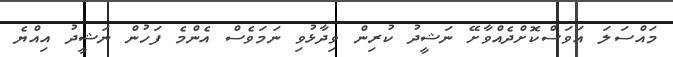
މައްސަލަ އަވަސްކޮށްދެއްވާށޭ ނަޝީދު ކުރިން ވިދާޅުވި ނަމަވެސް އެންމެ ފަހުން ނަޝީދު އިއްޔެ